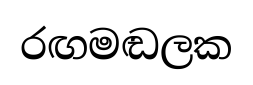
රඟමඬලක